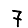
Digit: 7